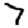
Digit: 7